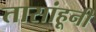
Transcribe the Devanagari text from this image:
तासांहूनी